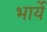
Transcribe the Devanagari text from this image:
भार्ये